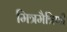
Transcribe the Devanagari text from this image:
मित्रमैत्रिणी